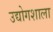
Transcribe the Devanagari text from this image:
उद्योगशाला